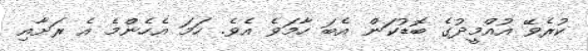
ކުރެވޭ އުއްމީދުގެ ބޮޑުކަން އެބަ ހާމަވެ އެވެ. ހަމަ އެހެންމެ އެ ރަށާއި